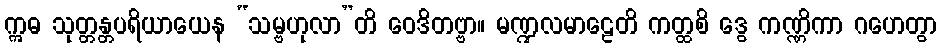
ဣဓ သုတ္တန္တပရိယာယေန “သမ္ဗဟုလာ”တိ ဝေဒိတဗ္ဗာ။ မဏ္ဍလမာဠေတိ ကတ္ထစိ ဒွေ ကဏ္ဏိကာ ဂဟေတွာ